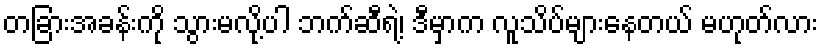
တခြားအခန်းကို သွားမလို့ပါ ဘက်ဆီရဲ့၊ ဒီမှာက လူသိပ်များနေတယ် မဟုတ်လား